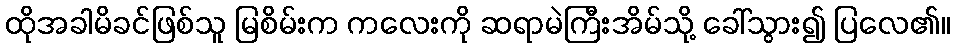
ထိုအခါမိခင်ဖြစ်သူ မြစိမ်းက ကလေးကို ဆရာမဲကြီးအိမ်သို့ ခေါ်သွား၍ ပြလေ၏။